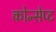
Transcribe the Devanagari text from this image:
कोन्सेप्ट